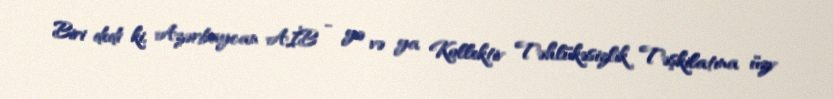
Biri dedi ki, Azərbaycan AİB - yə və ya Kollektiv Təhlükəsizlik Təşkilatına üzv